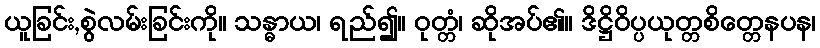
ယူခြင်း,စွဲလမ်းခြင်းကို။ သန္ဓာယ၊ ရည်၍။ ဝုတ္တံ၊ ဆိုအပ်၏။ ဒိဋ္ဌိဝိပ္ပယုတ္တစိတ္တေနပန၊